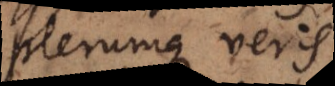
plerumque veris